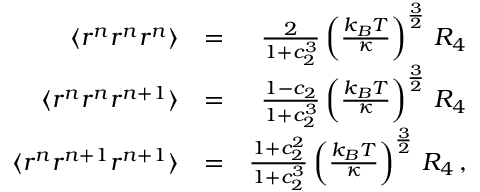
\begin{array} { r l r } { \langle r ^ { n } r ^ { n } r ^ { n } \rangle } & { = } & { \frac { 2 } { 1 + c _ { 2 } ^ { 3 } } \left( \frac { k _ { B } T } { \kappa } \right) ^ { \frac { 3 } { 2 } } \, { \cal R } _ { 4 } } \\ { \langle r ^ { n } r ^ { n } r ^ { n + 1 } \rangle } & { = } & { \frac { 1 - c _ { 2 } } { 1 + c _ { 2 } ^ { 3 } } \left( \frac { k _ { B } T } { \kappa } \right) ^ { \frac { 3 } { 2 } } \, { \cal R } _ { 4 } } \\ { \langle r ^ { n } r ^ { n + 1 } r ^ { n + 1 } \rangle } & { = } & { \frac { 1 + c _ { 2 } ^ { 2 } } { 1 + c _ { 2 } ^ { 3 } } \left( \frac { k _ { B } T } { \kappa } \right) ^ { \frac { 3 } { 2 } } \, { \cal R } _ { 4 } \, , } \end{array}